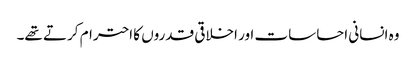
وہ انسانی احساسات اور اخلاقی قدروں کا احترام کرتے تھے۔